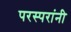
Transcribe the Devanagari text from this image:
परस्परांनी